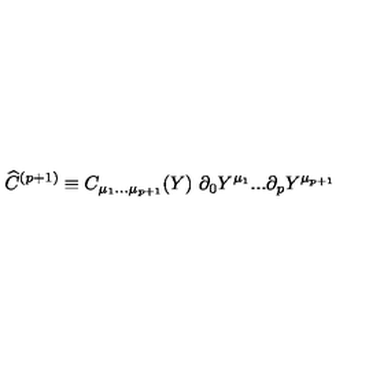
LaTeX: { \widehat C } ^ { ( p + 1 ) } \equiv C _ { \mu _ { 1 } . . . \mu _ { p + 1 } } ( Y ) \ \partial _ { 0 } Y ^ { \mu _ { 1 } } . . . \partial _ { { p } } Y ^ { \mu _ { p + 1 } }